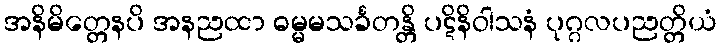
အနိမိတ္တေနပိ အနညထာ ဓမ္မမသင်္ခတန္တိ ပဋိနိဝါသနံ ပုဂ္ဂလပညတ္တိယံ